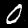
Label: 0